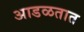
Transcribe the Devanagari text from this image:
अाडळतात